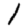
Digit: 1